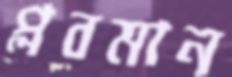
প্লবমান